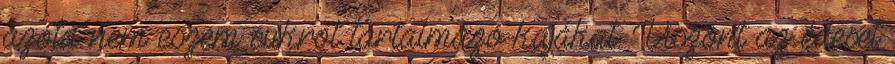
azóta nem eszem cukrot tartalmazó kajákat. Viszont az édeset